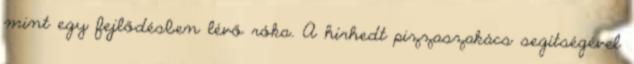
mint egy fejlődésben lévő róka. A hírhedt pizzaszakács segítségével